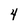
Character: 4